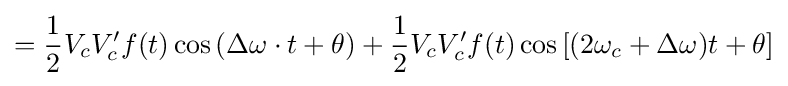
={\frac {1}{2}}V_{c}V'_{c}f(t)\cos \left(\Delta \omega \cdot t+\theta \right)+{\frac {1}{2}}V_{c}V'_{c}f(t)\cos \left[(2\omega _{c}+\Delta \omega )t+\theta \right]